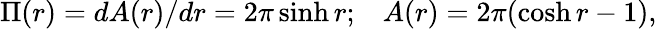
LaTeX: \Pi(r)=dA(r)/dr=2\pi\sinh r;\; \; \; A(r)=2\pi(\cosh r-1),